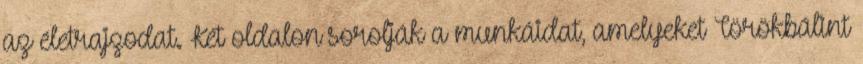
az életrajzodat. Két oldalon sorolják a munkáidat, amelyeket Törökbálint